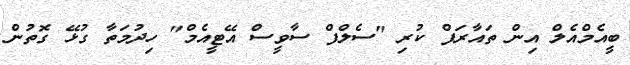
ބީއެމްއެލް އިން ތައާރަފް ކުރި "ސެލްފް ސާވީސް އޭޓީއެމް" ހިދުމަތާ ގުޅޭ ގޮތުން